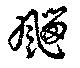
飅